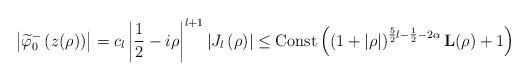
LaTeX: \begin{align*}\left\vert \widetilde{\varphi}_{0}^{-}\left( z(\rho)\right) \right\vert=c_{l}\left\vert \frac{1}{2}-i\rho\right\vert ^{l+1}\left\vert J_{l}\left(\rho\right) \right\vert \leq\operatorname*{Const}\left( \left( 1+\left\vert \rho\right\vert\right) ^{\frac{5}{2}l-\frac{1}{2}-2\alpha}\mathbf{L}(\rho)+1\right)\end{align*}